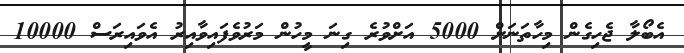
އެބޯލާ ޖެހިގެން މިހާތަނަށް 5000 އަށްވުރެ ގިނަ މީހުން މަރުވެފައިވާއިރު އެވައިރަސް 10000